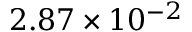
2 . 8 7 \times 1 0 ^ { - 2 }